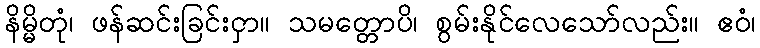
နိမ္မိတုံ၊ ဖန်ဆင်းခြင်းငှာ။ သမတ္တောပိ၊ စွမ်းနိုင်လေသော်လည်း။ ဧဝံ၊